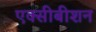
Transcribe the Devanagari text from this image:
एक्सीबीशन